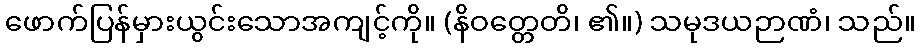
ဖောက်ပြန်မှားယွင်းသောအကျင့်ကို။ (နိဝတ္တေတိ၊ ၏။) သမုဒယဉာဏံ၊ သည်။